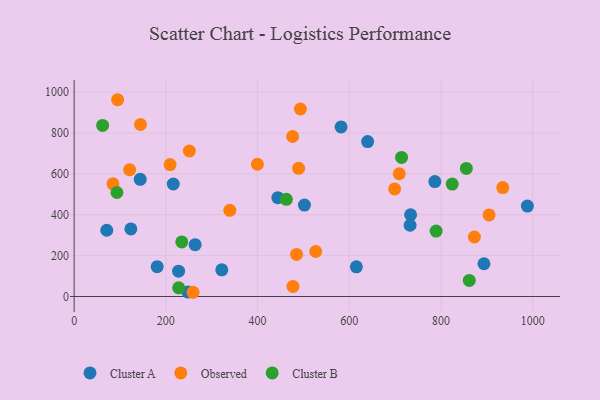
{"axis": {"x": "Study Hours", "y": "Exam Score"}, "legend": ["Cluster A", "Cluster B", "Observed"], "data": [{"x": "893.8", "y": 160.1, "type": "Cluster A"}, {"x": "263.9", "y": 253.5, "type": "Cluster A"}, {"x": "322.0", "y": 130.4, "type": "Cluster A"}, {"x": "786.7", "y": 562.3, "type": "Cluster A"}, {"x": "615.5", "y": 145.4, "type": "Cluster A"}, {"x": "640.1", "y": 757.8, "type": "Cluster A"}, {"x": "444.2", "y": 483.2, "type": "Cluster A"}, {"x": "988.5", "y": 442.4, "type": "Cluster A"}, {"x": "732.7", "y": 348.6, "type": "Cluster A"}, {"x": "247.7", "y": 22.2, "type": "Cluster A"}, {"x": "227.8", "y": 123.9, "type": "Cluster A"}, {"x": "582.2", "y": 829.5, "type": "Cluster A"}, {"x": "181.1", "y": 146.0, "type": "Cluster A"}, {"x": "71.1", "y": 324.0, "type": "Cluster A"}, {"x": "502.3", "y": 447.2, "type": "Cluster A"}, {"x": "123.7", "y": 330.4, "type": "Cluster A"}, {"x": "733.8", "y": 399.9, "type": "Cluster A"}, {"x": "144.1", "y": 573.3, "type": "Cluster A"}, {"x": "216.2", "y": 550.4, "type": "Cluster A"}, {"x": "144.7", "y": 841.3, "type": "Observed"}, {"x": "485.1", "y": 205.7, "type": "Observed"}, {"x": "399.6", "y": 646.8, "type": "Observed"}, {"x": "526.9", "y": 220.1, "type": "Observed"}, {"x": "339.5", "y": 421.7, "type": "Observed"}, {"x": "493.4", "y": 917.2, "type": "Observed"}, {"x": "251.3", "y": 711.7, "type": "Observed"}, {"x": "709.1", "y": 600.4, "type": "Observed"}, {"x": "872.9", "y": 291.0, "type": "Observed"}, {"x": "489.6", "y": 627.2, "type": "Observed"}, {"x": "84.6", "y": 551.2, "type": "Observed"}, {"x": "477.2", "y": 49.3, "type": "Observed"}, {"x": "121.0", "y": 620.4, "type": "Observed"}, {"x": "934.8", "y": 532.6, "type": "Observed"}, {"x": "476.4", "y": 782.6, "type": "Observed"}, {"x": "209.3", "y": 645.3, "type": "Observed"}, {"x": "94.8", "y": 962.5, "type": "Observed"}, {"x": "905.0", "y": 398.8, "type": "Observed"}, {"x": "699.0", "y": 526.3, "type": "Observed"}, {"x": "259.3", "y": 20.7, "type": "Observed"}, {"x": "789.5", "y": 320.0, "type": "Cluster B"}, {"x": "861.8", "y": 78.5, "type": "Cluster B"}, {"x": "234.7", "y": 266.9, "type": "Cluster B"}, {"x": "824.6", "y": 550.1, "type": "Cluster B"}, {"x": "855.4", "y": 626.7, "type": "Cluster B"}, {"x": "714.1", "y": 680.4, "type": "Cluster B"}, {"x": "228.0", "y": 42.4, "type": "Cluster B"}, {"x": "62.1", "y": 836.9, "type": "Cluster B"}, {"x": "462.8", "y": 475.2, "type": "Cluster B"}, {"x": "93.3", "y": 508.6, "type": "Cluster B"}]}